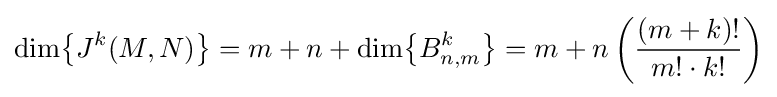
\dim \!\left\{J^{k}(M,N)\right\}=m+n+\dim \!\left\{B_{n,m}^{k}\right\}=m+n\left({\frac {(m+k)!}{m!\cdot k!}}\right)